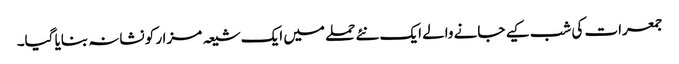
جمعرات کی شب کیے جانے والے ایک نئے حملے میں ایک شیعہ مزار کو نشانہ بنایا گیا۔